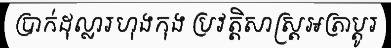
ប្រាក់ដុល្លារហុងកុង ប្រវត្តិសាស្ត្រអត្រាប្តូរ